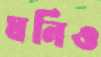
ঘনিও